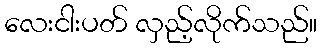
လေးငါးပတ် လှည့်လိုက်သည်။